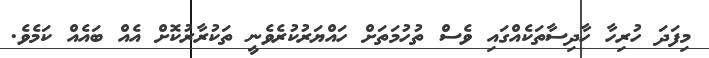
މިފަދަ ހުރިހާ ހާދިސާތަކެއްގައި ވެސް ތުހުމަތަށް ހައްޔަރުކުރެވެނީ ތަކުރާރުކޮށް އެއް ބައެއް ކަމެވެ.